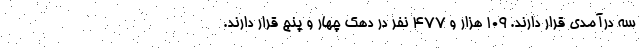
سه درآمدی قرار دارند. ۱۰۹ هزار و ۴۷۷ نفر در دهک چهار و پنج قرار دارند.